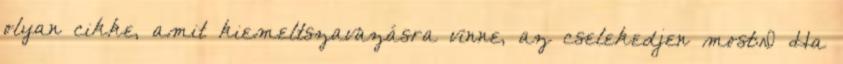
olyan cikke, amit kiemeltszavazásra vinne, az cselekedjen most:D Ha